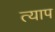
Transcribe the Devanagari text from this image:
त्याप